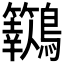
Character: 𪈓